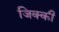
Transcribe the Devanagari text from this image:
जिक्की